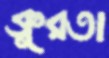
ক্রূরতা